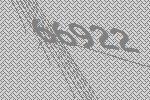
66922